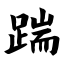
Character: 踹